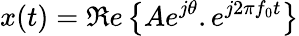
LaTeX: x(t)=\Re e\left\{ Ae^{j\theta}.e^{j2\pi f_{0}t}\right\}